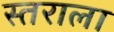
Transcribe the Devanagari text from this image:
स्तराला